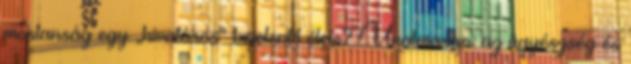
mostanság egy „hivatásos” bejelentő élete? Unalmasan: az ügyészség és